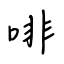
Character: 啡